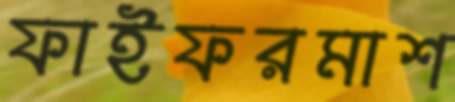
ফাইফরমাশ